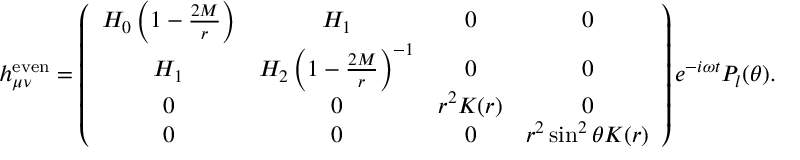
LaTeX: h _ { \mu \nu } ^ { \mathrm { e v e n } } = \left( \begin{array} { c c c c } { { H _ { 0 } \left( 1 - { \frac { 2 M } { r } } \right) } } & { { H _ { 1 } } } & { { 0 } } & { { 0 } } \\ { { H _ { 1 } } } & { { H _ { 2 } \left( 1 - { \frac { 2 M } { r } } \right) ^ { - 1 } } } & { { 0 } } & { { 0 } } \\ { { 0 } } & { { 0 } } & { { r ^ { 2 } K ( r ) } } & { { 0 } } \\ { { 0 } } & { { 0 } } & { { 0 } } & { { r ^ { 2 } \sin ^ { 2 } \theta K ( r ) } } \end{array} \right) e ^ { - i \omega t } P _ { l } ( \theta ) .